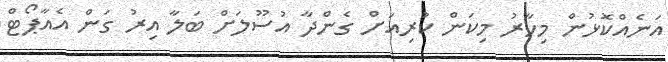
އަނެއްކޮޅުން މިހާރު މިކަން ކުރިއަށް ގެންދާ އުސޫލަށް ބަލާ އިރު ގަން އެއާޕޯޓް